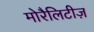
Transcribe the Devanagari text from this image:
मोरैलिटीज़